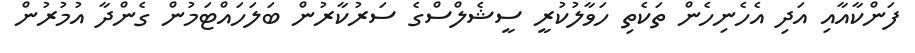
ފަންކާއާއި އަދި އެހެނިހެން ތަކެތި ހަވާލުކުރީ ސީޝެލްސްގެ ސަރުކާރުން ބަލަހައްޓަމުން ގެންދާ އުމުރުން